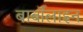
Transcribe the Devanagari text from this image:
बार्बॉलाइन